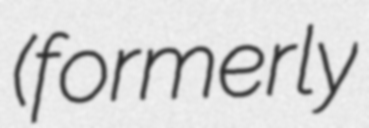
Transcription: (formerly